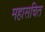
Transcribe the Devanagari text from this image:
महासचित